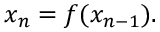
x _ { n } = f ( x _ { n - 1 } ) .